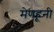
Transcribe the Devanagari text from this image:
मेणहूनी